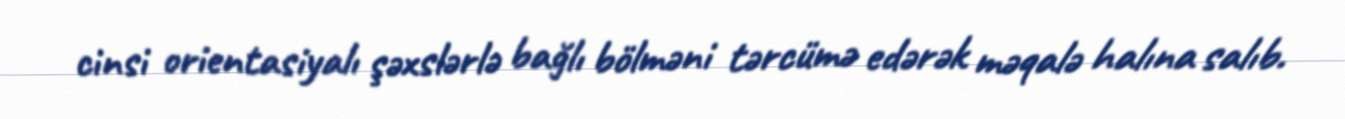
cinsi orientasiyalı şəxslərlə bağlı bölməni tərcümə edərək məqalə halına salıb.